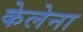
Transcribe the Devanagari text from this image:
केलेना